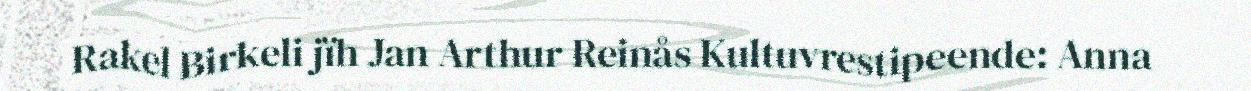
Rakel Birkeli jïh Jan Arthur Reinås Kultuvrestipeende: Anna